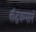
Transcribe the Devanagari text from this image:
बौद्धधम्माने